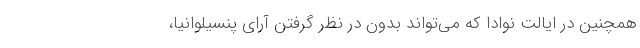
همچنین در ایالت نوادا که می‌تواند بدون در نظر گرفتن آرای پنسیلوانیا،